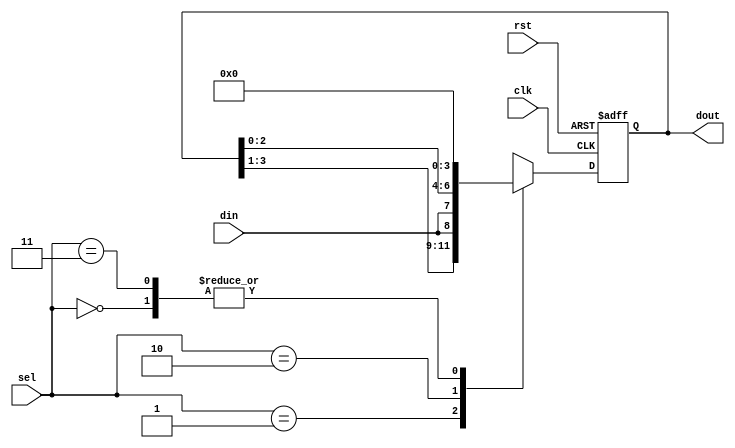
module universal_sr(clk,rst,din,sel,dout);
  input clk,rst,din=0;
  input [1:0] sel;
  output reg [3:0]dout;
  always @(posedge clk or posedge rst)
    begin
      if(rst)
        begin 
          dout <=4'b0000;
        end
      else
        case(sel)
          2'b00:dout<=4'b0;
          2'b01:dout<={dout[3:1],din};
          2'b10:dout<={din,dout[2:0]};
          2'b11:dout<=4'b0;
          default:dout<=din;
        endcase
    end
endmodule